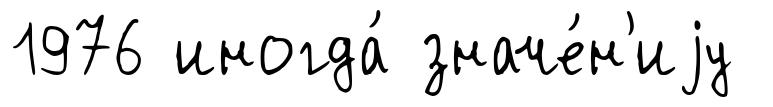
1976 иногда́ значе́н'иjу